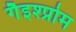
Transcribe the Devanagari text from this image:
गैइश्प्रोम